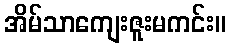
အိမ်သာကျေးဇူးမကင်း။